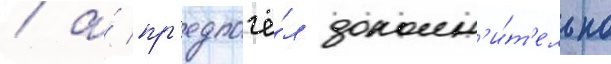
/ а́ пр'едпочё́л дополн'и́т'ельно